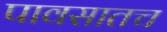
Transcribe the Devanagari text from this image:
पावसातच